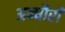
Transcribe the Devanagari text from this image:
अन्धौरी